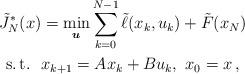
LaTeX: \begin{align*}\tilde{J}_N^{\ast}(x)&=\min_{\boldsymbol{u}}\sum_{k=0}^{N-1} \tilde{\ell}(x_k,u_k) + \tilde{F}(x_N) \\\mbox{s.\,t.} \ \ & {x}_{k+1}=A{x}_{k}+B{u}_{k}, \ {x}_0=x\,, \end{align*}